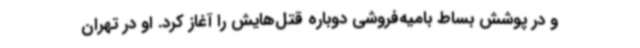
و در پوشش بساط بامیه‌فروشی دوباره قتل‌هایش را آغاز کرد. او در تهران